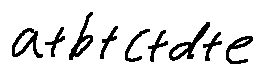
a + b + c + d + e